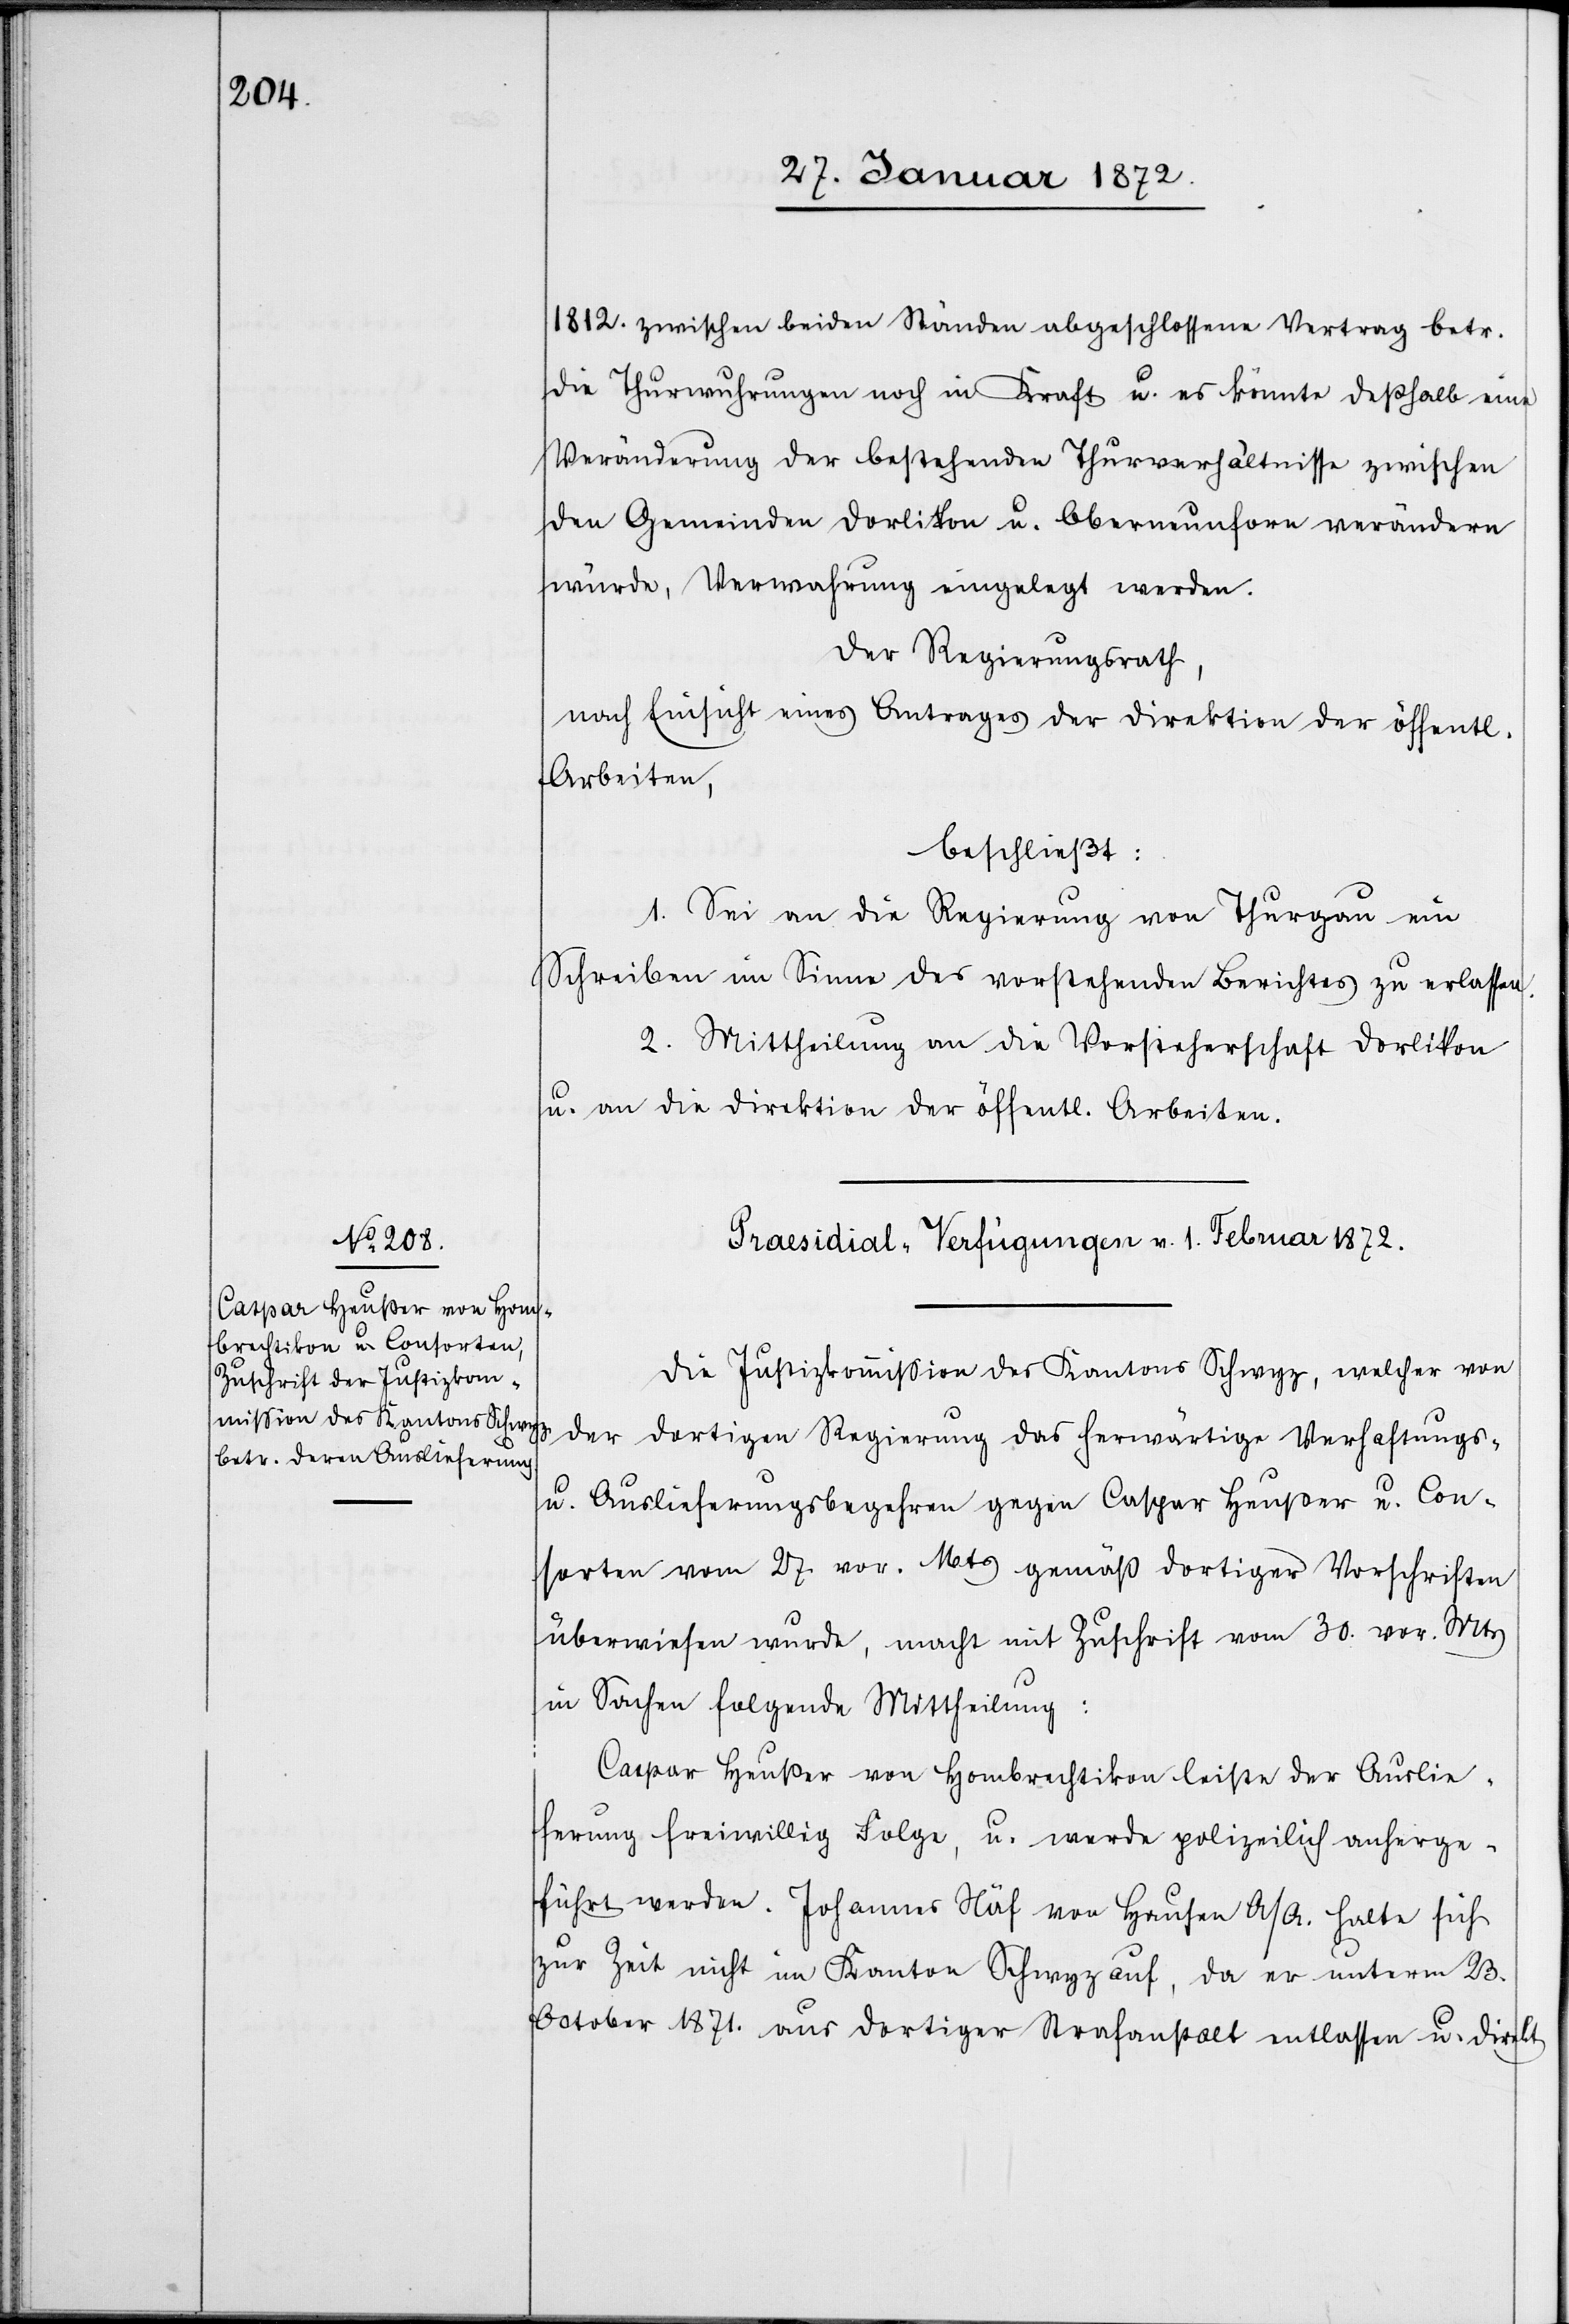
1812. zwischen beiden Ständen abgeschlossene Vertrag betr.
die Verwuhrungen noch in Kraft u. es könnte deßhalb eine
Veränderung der bestehenden Thurverhältnisse zwischen
den Gemeinden Dorlikon u. Oberneunforn verändern
würde [sic!], Verwahrung eingelegt werden.
Der Regierungsrath,
nach Einsicht eines Antrages der Direktion der öffentlichen
Arbeiten,
beschließt:
1. Sei an die Regierung von Thurgau ein
Schreiben im Sinne des vorstehenden Berichtes zu erlassen.
2. Mittheilung an die Vorsteherschaft Dorlikon
u. an die Direktion der öffentlichen Arbeiten.
Präsidial-Verfügungen v. 1. Februar 1872.
Die Justizkommission des Kantons Schwyz, welcher von
der dortigen Regierung das herwärtige Verhaftungs-
u. Auslieferungsbegehren gegen Caspar Heußer u. Con¬
sorten vom 27 vor. Mts gemäß dortiger Vorschriften
überwiesen wurde, macht mit Zuschrift vom 20. vor. Mts
in Sachen folgende Mittheilung:
Caspar Heußer von Hombrechtikon leiste der Auslie¬
ferung freiwillig Folge, u. werde polizeilich anherge¬
führt werden. Johannes Näf von Hausen a/A. halte sich
zur Zeit nicht im Kanton Schwyz auf, da er unterm 23.
October 1871. aus dortiger Strafanstalt entlassen u. direkt